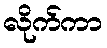
လိုက်ကာ